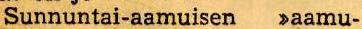
Sunnuntai-aamuisen >aamu-